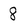
Character: 8